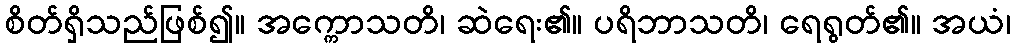
စိတ်ရှိသည်ဖြစ်၍။ အက္ကောသတိ၊ ဆဲရေး၏။ ပရိဘာသတိ၊ ရေရွတ်၏။ အယံ၊